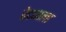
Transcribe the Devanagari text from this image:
रेट्याला